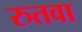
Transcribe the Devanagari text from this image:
रुतवा